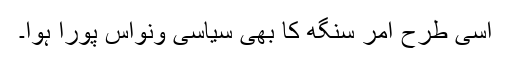
اسی طرح امر سنگھ کا بھی سیاسی ونواس پورا ہوا۔